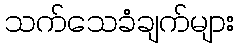
သက်သေခံချက်များ